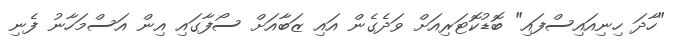
"ހާދަ ހިނިއައިސްފައި" ބޮޑުކޮޓަރިއަށް ވަދެގެން އައި ޒަބާއަށް ސޯފާގައި އިން އަސްމަހާނު ފެނި